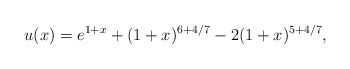
\begin{align*} \;\; u(x)=e^{1+x}+(1+x)^{6+{4}/{7}}-2(1+x)^{5+{4}/{7}}, \end{align*}